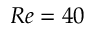
R e = 4 0